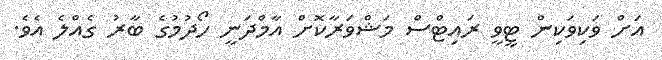
އަށް ވަކިވަކިން ޓީވީ ރައިޓްސް މަޝްވަރާކޮށް އާމްދަނީ ހޯދުމުގެ ބާާރު ގެއްލެ އެވެ.